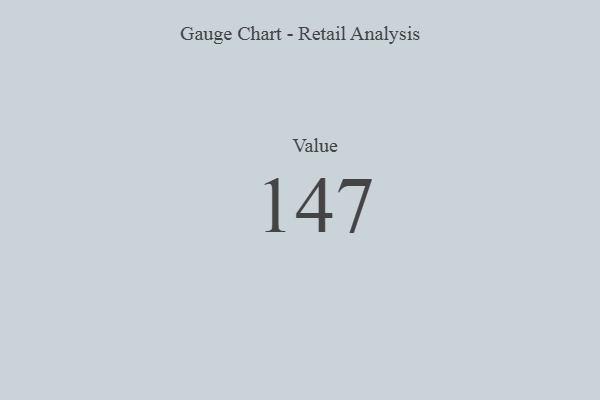
{"axis": {"x": "Metric", "y": "Value"}, "legend": [""], "data": [{"x": "Value", "y": 147, "type": ""}]}